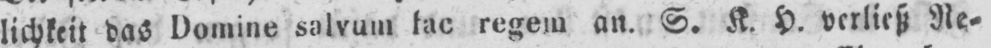
lichkeit das Domine salvum fac regem an. S. K. H. verließ Re⸗